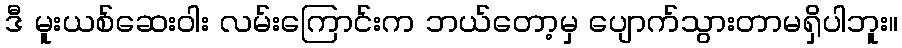
ဒီ မူးယစ်ဆေးဝါး လမ်းကြောင်းက ဘယ်တော့မှ ပျောက်သွားတာမရှိပါဘူး။